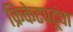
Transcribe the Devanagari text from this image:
क्रिकेटपटूंचा